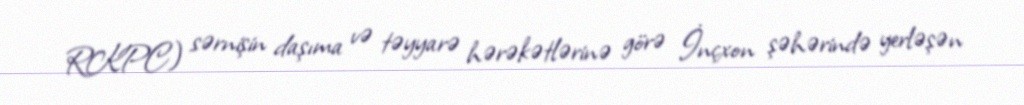
RKPC) sərnişin daşıma və təyyarə hərəkətlərinə görə İnçxon şəhərində yerləşən